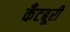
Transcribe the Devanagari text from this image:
कँटबूरी